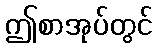
ဤစာအုပ်တွင်